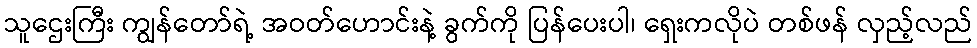
သူဌေးကြီး ကျွန်တော်ရဲ့ အဝတ်ဟောင်းနဲ့ ခွက်ကို ပြန်ပေးပါ၊ ရှေးကလိုပဲ တစ်ဖန် လှည့်လည်